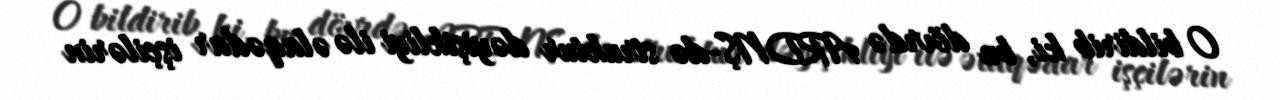
O bildirib ki, bu dövrdə ARDNŞ-də struktur dəyişikliyi ilə əlaqədar işçilərin